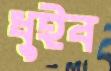
ধুইব